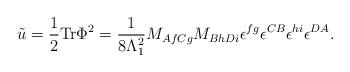
LaTeX: \begin{align*}\tilde{u}=\frac{1}{2} {\rm Tr} \Phi^2 = \frac{1}{8\Lambda_1^2} M_{AfCg} M_{BhDi}\epsilon^{fg} \epsilon^{CB} \epsilon^{hi} \epsilon^{DA}.\end{align*}